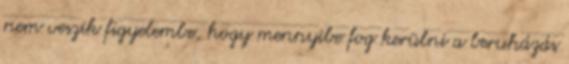
nem veszik figyelembe, hogy mennyibe fog kerülni a beruházás